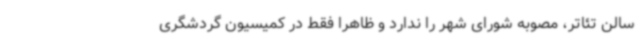
سالن تئاتر، مصوبه شورای شهر را ندارد و ظاهرا فقط در کمیسیون گردشگری